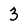
Character: 3